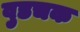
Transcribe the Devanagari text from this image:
वुडचक